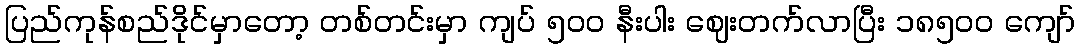
ပြည်ကုန်စည်ဒိုင်မှာတော့ တစ်တင်းမှာ ကျပ် ၅၀ဝ နီးပါး ဈေးတက်လာပြီး ၁၈၅၀ဝ ကျော်